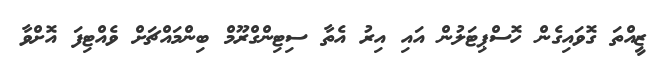
ޒީއްތަ ގޮވައިގެން ހޮސްޕިޓަލުން އައި އިރު އެތާ ސިޓިންގްރޫމް ބިންމައްޗަށް ވެއްޓިފަ އޮށްވާ